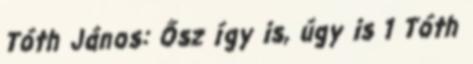
Tóth János: Ősz így is, úgy is 1 Tóth